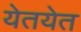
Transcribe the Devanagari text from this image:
येतयेत